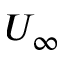
U _ { \infty }